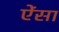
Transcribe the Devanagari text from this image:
ऐंसा